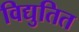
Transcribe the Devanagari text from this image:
विद्युतित